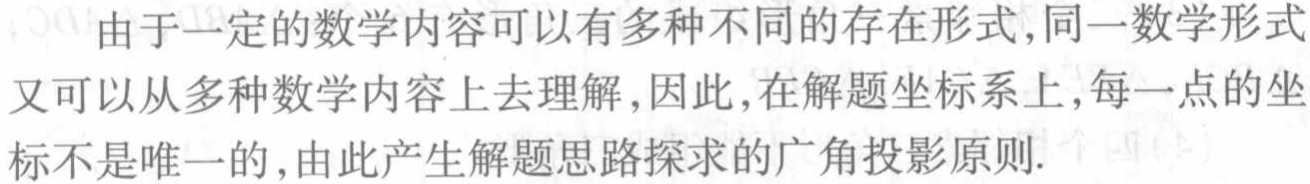
由于一定的数学内容可以有多种不同的存在形式,同一数学形式又可以从多种数学内容上去理解,因此,在解题坐标系上,每一点的坐标不是唯一的,由此产生解题思路探求的广角投影原则.